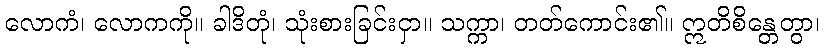
လောကံ၊ လောကကို။ ခါဒိတုံ၊ သုံးစားခြင်းငှာ။ သက္ကာ၊ တတ်ကောင်း၏။ ဣတိစိန္တေတွာ၊